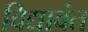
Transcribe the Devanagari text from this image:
विद्यावंत